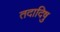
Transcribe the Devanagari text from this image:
तदादिषु